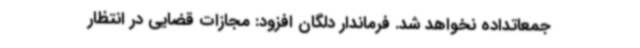
جمعاتداده نخواهد شد. فرماندار دلگان افزود: مجازات قضایی در انتظار